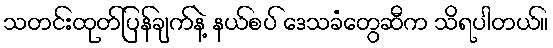
သတင်းထုတ်ပြန်ချက်နဲ့ နယ်စပ် ဒေသခံတွေဆီက သိရပါတယ်။